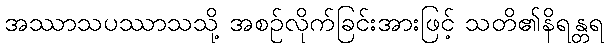
အဿာသပဿာသသို့ အစဉ်လိုက်ခြင်းအားဖြင့် သတိ၏နိရန္တရ